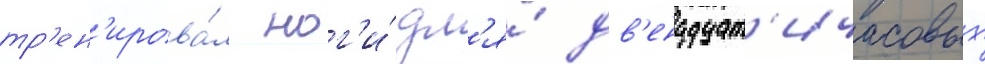
тр'ен'ирова́л ног'и́ дл'я́ дв'енадцат'ичасовых